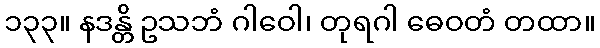
၁၃၃။ နဒန္တိ ဥသဘံ ဂါဝေါ၊ တုရဂါ ဓေဝတံ တထာ။